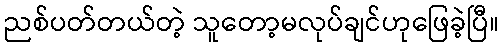
ညစ်ပတ်တယ်တဲ့ သူတော့မလုပ်ချင်ဟုဖြေခဲ့ပြီ။